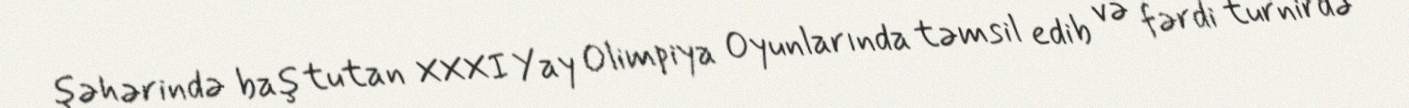
şəhərində baş tutan XXXI Yay Olimpiya Oyunlarında təmsil edib və fərdi turnirdə